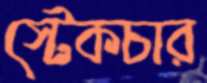
স্টেকচার